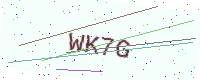
Text: WK7G